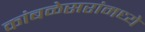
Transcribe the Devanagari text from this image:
कांबळेसरांमध्ये